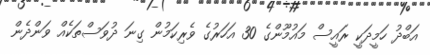
އަބްދު ހަމީދަކީ ރައީސް މައުމޫންގެ 30 އަހަރުގެ ވެރިކަމުން ގިނަ ދުވަސްތަކެއް ވަންދެން